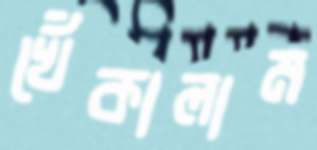
খেঁকালাম